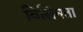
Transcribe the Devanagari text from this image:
विलिनता